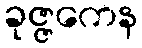
ခုဇ္ဇကေန